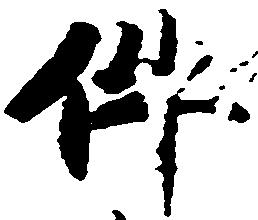
件